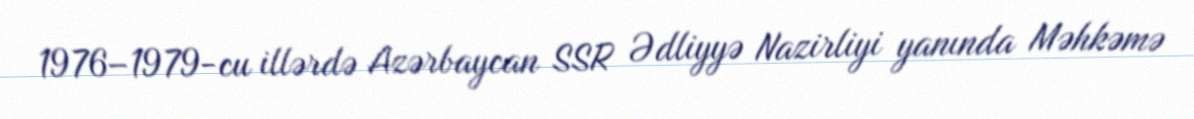
1976–1979-cu illərdə Azərbaycan SSR Ədliyyə Nazirliyi yanında Məhkəmə